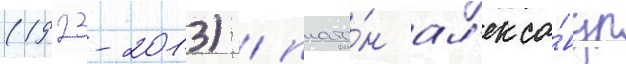
(1923-2013) / плато́н ал'екса́ндр